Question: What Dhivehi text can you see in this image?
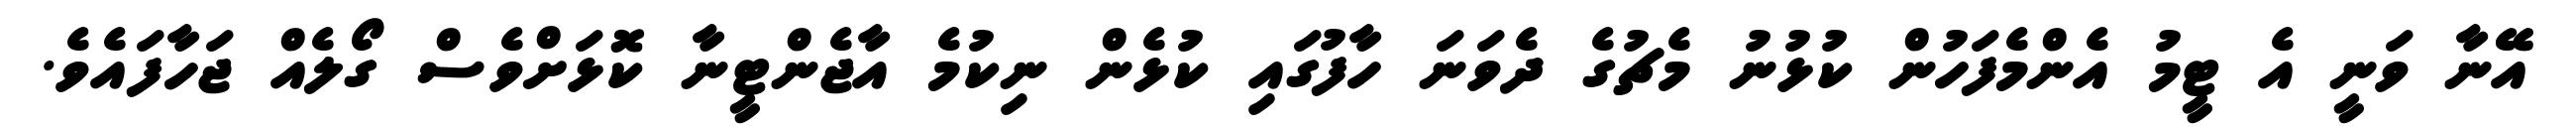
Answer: އޭނާ ވަނީ އެ ޓީމު އެންމެފަހުން ކުޅުނު މެޗުގެ ދެވަނަ ހާފުގައި ކުޅެން ނިކުމެ އާޖެންޓީނާ ކޮޅަށްވެސް ގޯލެއް ޖަހާފައެވެ.